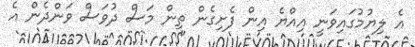
އެ ލިޔުމުގައިވަނީ އިއްޔެ އިން ފެށިގެން ތިން މަސް ދުވަސް ވަންދެން އެ